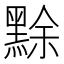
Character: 𪑏